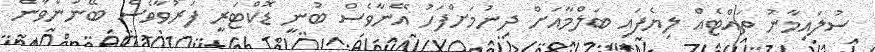
ސުލައިމާނު ތައްޓެއް ލިޔެފައި ބަލްމާއަށް ދިނުމަށްފަހު އޭނާވެސް ބުނީ ޑޮކްޓަރީ ފަރުވާވެސް ބޭނުންވާނެ